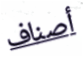
أصناف